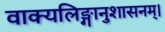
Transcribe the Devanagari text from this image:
वाक्यलिङ्गानुशासनम्।